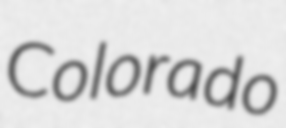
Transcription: Colorado